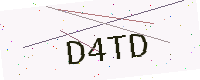
Text: D4TD